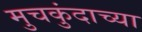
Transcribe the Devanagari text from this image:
मुचकुंदाच्या